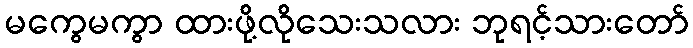
မကွေမကွာ ထားဖို့လိုသေးသလား ဘုရင့်သားတော်